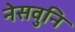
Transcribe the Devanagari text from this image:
नेसवुनि